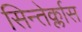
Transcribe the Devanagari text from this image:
सिन्तेर्क्लास